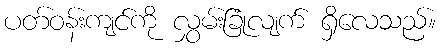
ပတ်ဝန်းကျင်ကို လွှမ်းခြုံလျက် ရှိလေသည်။